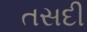
તસદી